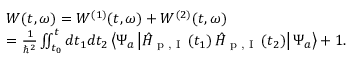
\begin{array} { r l } & { W ( t , \omega ) = W ^ { ( 1 ) } ( t , \omega ) + W ^ { ( 2 ) } ( t , \omega ) } \\ & { = \frac { 1 } { \hbar ^ { 2 } } \iint _ { t _ { 0 } } ^ { t } d t _ { 1 } d t _ { 2 } \left\langle \Psi _ { a } \left| \hat { H } _ { \textrm { p , I } } \left( t _ { 1 } \right) \hat { H } _ { \textrm { p , I } } \left( t _ { 2 } \right) \right| \Psi _ { a } \right\rangle + 1 . } \end{array}